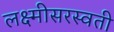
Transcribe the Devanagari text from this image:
लक्ष्मीसरस्वती